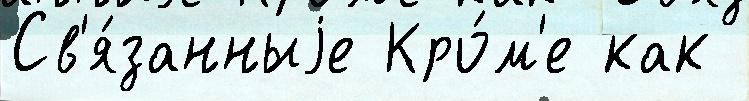
Св'я́занныjе Кро́м'е как